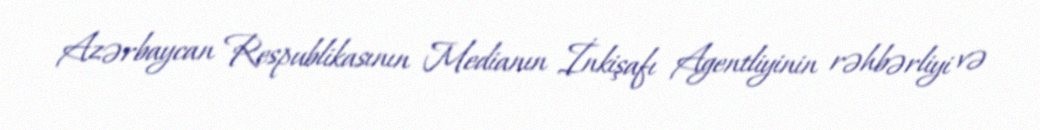
Azərbaycan Respublikasının Medianın İnkişafı Agentliyinin rəhbərliyi və